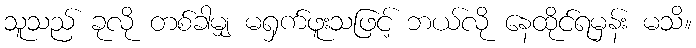
သူသည် ခုလို တစ်ခါမျှ မရှက်ဖူးသဖြင့် ဘယ်လို နေထိုင်ရမှန်း မသိ။